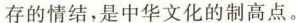
存的情结,是中华文化的制高点。